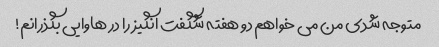
متوجه شدی من می خواهم دو هفته شگفت انگیز را در هاوایی بگذرانم!